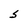
Character: S